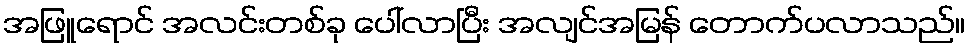
အဖြူရောင် အလင်းတစ်ခု ပေါ်လာပြီး အလျင်အမြန် တောက်ပလာသည်။